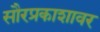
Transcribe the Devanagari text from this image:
सौरप्रकाशावर